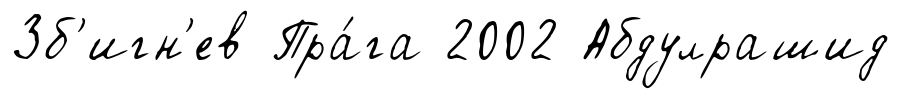
Зб'игн'ев Пра́га 2002 Абдулрашид